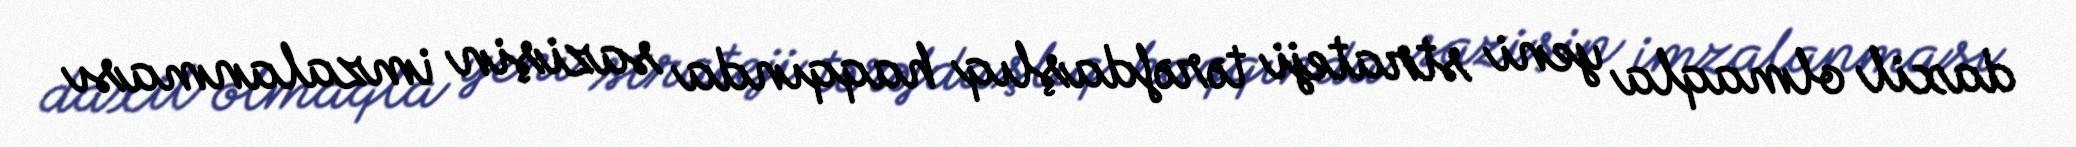
daxil olmaqla yeni strateji tərəfdaşlıq haqqında sazişin imzalanması